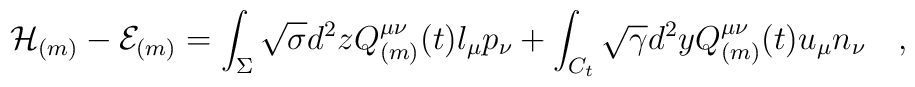
{\cal H}_{(m)}-{\cal E}_{(m)}=\int_{\Sigma} \sqrt{\sigma}d^2zQ_{(m)}^{\mu\nu}(t)l_\mu p_\nu+\int_{C_t} \sqrt{\gamma}d^2yQ_{(m)}^{\mu\nu}(t) u_\mu n_\nu ~~~,